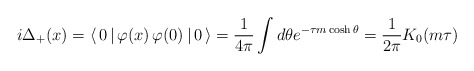
\begin{align*}i\Delta_{+}(x)=\langle\,0\,|\,\varphi(x)\,\varphi(0)\,|\,0\,\rangle=\frac{1}{4\pi}\int d\theta e^{-\tau m\cosh\theta}=\frac{1}{2\pi}K_{0}(m\tau)\end{align*}